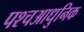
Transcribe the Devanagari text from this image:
पश्चआधुनिक